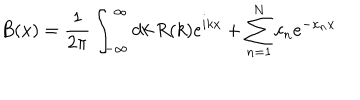
B ( x ) = { \frac { 1 } { 2 \pi } } \int _ { - \infty } ^ { \infty } d k \, R ( k ) e ^ { i k x } + \sum _ { n = 1 } ^ { N } c _ { n } e ^ { - \kappa _ { n } x }